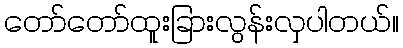
တော်တော်ထူးခြားလွန်းလှပါတယ်။